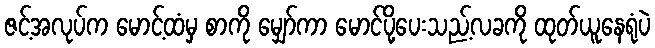
ဇင့်အလုပ်က မောင့်ထံမှ စာကို မျှော်ကာ မောင်ပို့ပေးသည့်လခကို ထုတ်ယူနေရုံပဲ